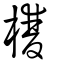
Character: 欆